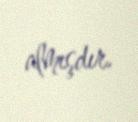
almışdır.